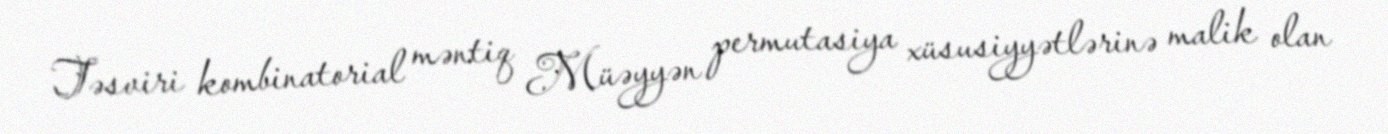
Təsviri kombinatorial məntiq Müəyyən permutasiya xüsusiyyətlərinə malik olan